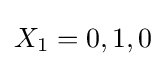
X_{1}=0,1,0